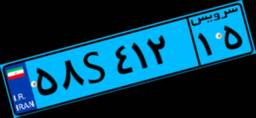
۵۸S۴۱۲۱۵